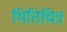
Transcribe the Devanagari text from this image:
भितिचित्र